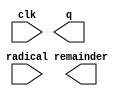
// megafunction wizard: %ALTSQRT%VBB%
// GENERATION: STANDARD
// VERSION: WM1.0
// MODULE: ALTSQRT 

// ============================================================
// Megafunction Name(s):
// 			ALTSQRT
//
// Simulation Library Files(s):
// 			altera_mf
// ============================================================
// ************************************************************
// THIS IS A WIZARD-GENERATED FILE. DO NOT EDIT THIS FILE!
//
// 18.1.0 Build 625 09/12/2018 SJ Lite Edition
// ************************************************************

//Copyright (C) 2018  Intel Corporation. All rights reserved.
//Your use of Intel Corporation's design tools, logic functions 
//and other software and tools, and its AMPP partner logic 
//functions, and any output files from any of the foregoing 
//(including device programming or simulation files), and any 
//associated documentation or information are expressly subject 
//to the terms and conditions of the Intel Program License 
//Subscription Agreement, the Intel Quartus Prime License Agreement,
//the Intel FPGA IP License Agreement, or other applicable license
//agreement, including, without limitation, that your use is for
//the sole purpose of programming logic devices manufactured by
//Intel and sold by Intel or its authorized distributors.  Please
//refer to the applicable agreement for further details.

module SQRT (
	clk,
	radical,
	q,
	remainder);

	input	  clk;
	input	[31:0]  radical;
	output	[15:0]  q;
	output	[16:0]  remainder;

endmodule

// ============================================================
// CNX file retrieval info
// ============================================================
// Retrieval info: PRIVATE: INTENDED_DEVICE_FAMILY STRING "MAX 10"
// Retrieval info: PRIVATE: SYNTH_WRAPPER_GEN_POSTFIX STRING "0"
// Retrieval info: LIBRARY: altera_mf altera_mf.altera_mf_components.all
// Retrieval info: CONSTANT: PIPELINE NUMERIC "8"
// Retrieval info: CONSTANT: Q_PORT_WIDTH NUMERIC "16"
// Retrieval info: CONSTANT: R_PORT_WIDTH NUMERIC "17"
// Retrieval info: CONSTANT: WIDTH NUMERIC "32"
// Retrieval info: USED_PORT: clk 0 0 0 0 INPUT NODEFVAL "clk"
// Retrieval info: USED_PORT: q 0 0 16 0 OUTPUT NODEFVAL "q[15..0]"
// Retrieval info: USED_PORT: radical 0 0 32 0 INPUT NODEFVAL "radical[31..0]"
// Retrieval info: USED_PORT: remainder 0 0 17 0 OUTPUT NODEFVAL "remainder[16..0]"
// Retrieval info: CONNECT: @clk 0 0 0 0 clk 0 0 0 0
// Retrieval info: CONNECT: @radical 0 0 32 0 radical 0 0 32 0
// Retrieval info: CONNECT: q 0 0 16 0 @q 0 0 16 0
// Retrieval info: CONNECT: remainder 0 0 17 0 @remainder 0 0 17 0
// Retrieval info: GEN_FILE: TYPE_NORMAL SQRT.v TRUE
// Retrieval info: GEN_FILE: TYPE_NORMAL SQRT.inc FALSE
// Retrieval info: GEN_FILE: TYPE_NORMAL SQRT.cmp TRUE
// Retrieval info: GEN_FILE: TYPE_NORMAL SQRT.bsf TRUE
// Retrieval info: GEN_FILE: TYPE_NORMAL SQRT_inst.v FALSE
// Retrieval info: GEN_FILE: TYPE_NORMAL SQRT_bb.v TRUE
// Retrieval info: LIB_FILE: altera_mf